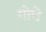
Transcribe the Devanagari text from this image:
गोचे